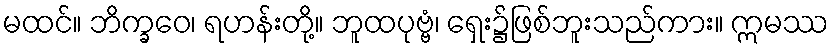
မထင်။ ဘိက္ခဝေ၊ ရဟန်းတို့။ ဘူထပုဗ္ဗံ၊ ရှေး၌ဖြစ်ဘူးသည်ကား။ ဣမဿ